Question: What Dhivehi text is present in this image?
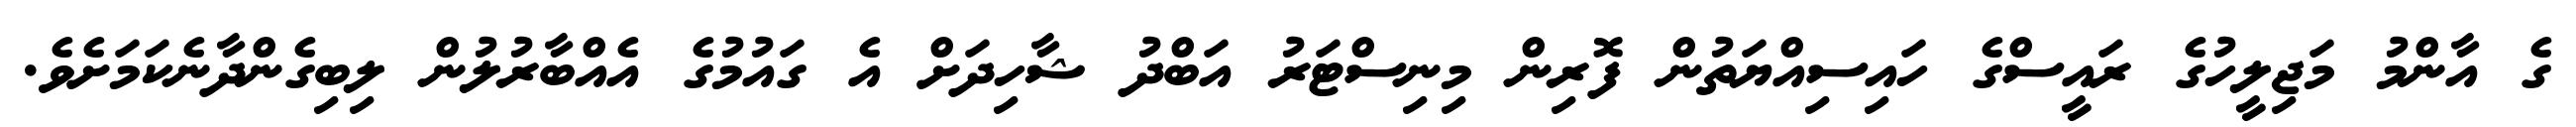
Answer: ގެ އާންމު މަޖިލީހުގެ ރައީސްގެ ހައިސިއްޔަތުން ފޮރިން މިނިސްޓަރު އަބްދު ޝާހިދަށް އެ ގައުމުގެ އެއްބާރުލުން ލިބިގެންދާނެކަމަށެވެ.